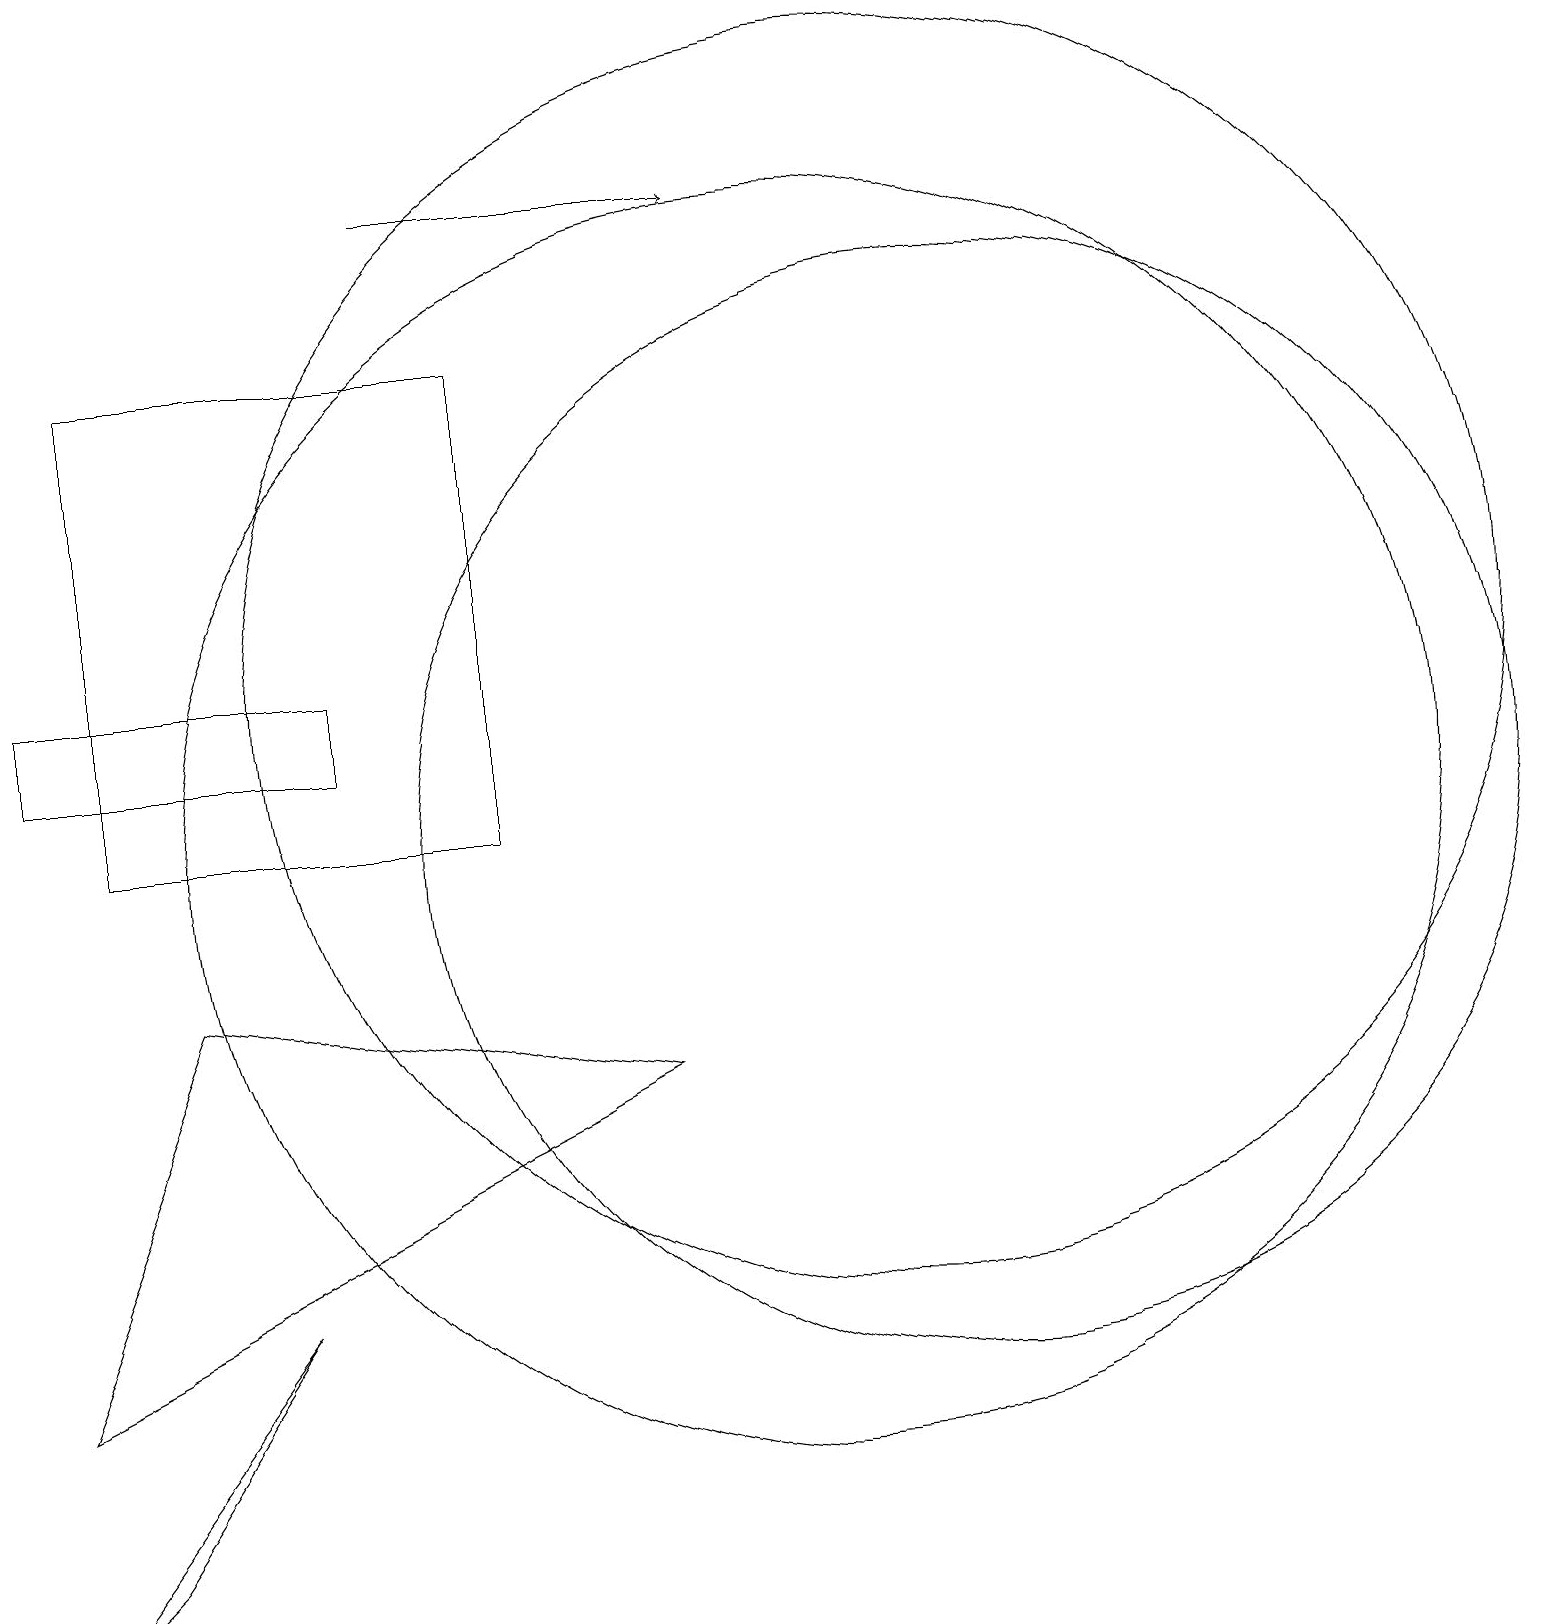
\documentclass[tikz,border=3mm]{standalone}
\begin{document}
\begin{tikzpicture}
\draw (8,7) -- (0,3) -- (2,8) -- cycle;
\draw (3,4) -- (1,1) -- (0,0) -- cycle;
\draw (10,10) circle (8);
\draw (0,12) rectangle (4,11);
\draw[->] (5,18) -- (9,18);
\draw (6,16) rectangle (1,10);
\draw (11,12) circle (8);
\draw (12,10) circle (7);
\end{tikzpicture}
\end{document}